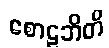
စောဠဘိတိ